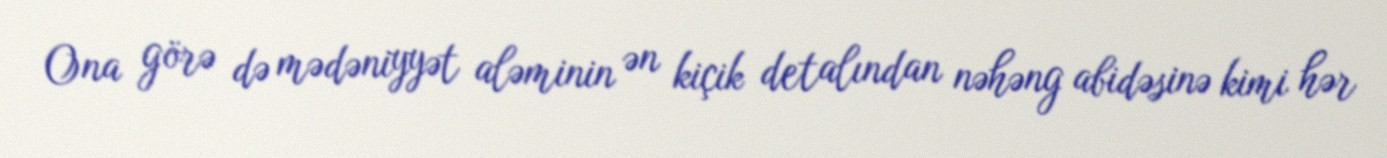
Ona görə də mədəniyyət aləminin ən kiçik detalından nəhəng abidəsinə kimi hər